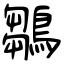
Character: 鶵